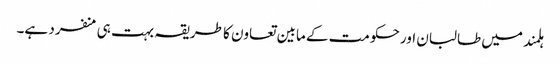
ہلمند میں طالبان اور حکومت کے مابین تعاون کا طریقہ بہت ہی منفرد ہے۔